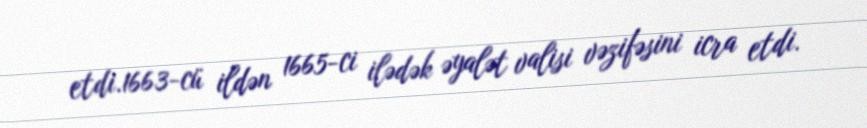
etdi.1663-cü ildən 1665-ci ilədək əyalət valisi vəzifəsini icra etdi.